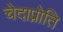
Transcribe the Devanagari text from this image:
चेदाप्नोति